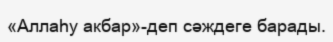
«Аллаһу акбар»-деп сәждеге барады.